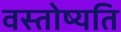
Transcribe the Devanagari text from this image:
वस्तोष्यति